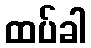
ထပ်ခါ